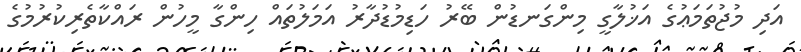
އަދި މުޖުތަމަޢުގެ އަޚުލާގީ މިންގަނޑުން ބޭރު ހަޑިމުޑުދާރު އަމަލުތައް ހިންގާ މީހުން ރައްކާތެރިކުރުމުގެ